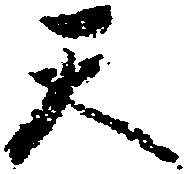
天